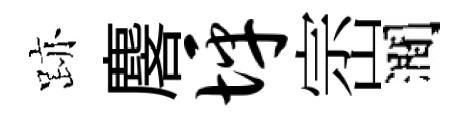
跡麐坪崈澗